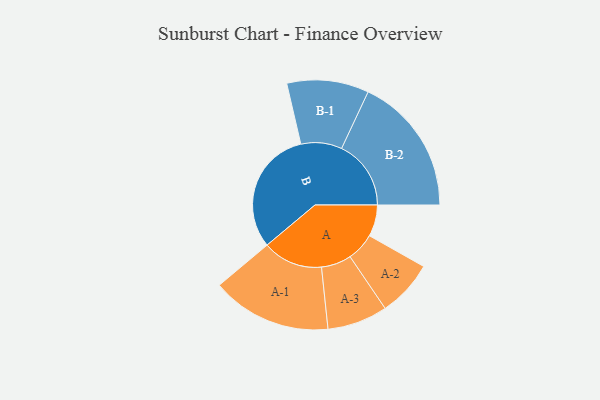
{"axis": {"x": "Segment", "y": "Value"}, "legend": ["", "A", "B"], "data": [{"x": "A", "y": 114, "type": ""}, {"x": "B", "y": 452, "type": ""}, {"x": "A-1", "y": 217, "type": "A"}, {"x": "A-2", "y": 102, "type": "A"}, {"x": "A-3", "y": 109, "type": "A"}, {"x": "B-1", "y": 148, "type": "B"}, {"x": "B-2", "y": 251, "type": "B"}]}